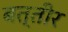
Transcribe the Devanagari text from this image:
बत्तीर